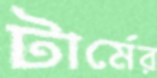
টার্মের